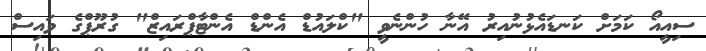
ސިއީއޯ ކަމަށް ކަނޑައެޅުނުއިރު އޭނާ ހުންނެވީ "ކްލައުޑް އެންޑް އެންޓާޕްރައިޒް" ގުރޫޕްގެ ވައިސް